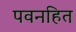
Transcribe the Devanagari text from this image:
पवनहित